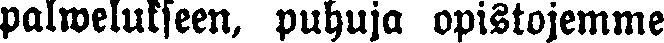
palmelukseen, puhuja opistojemme